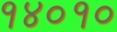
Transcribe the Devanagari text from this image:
१४०१०